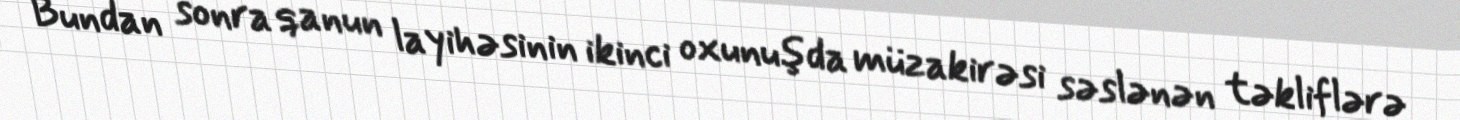
Bundan sonra qanun layihəsinin ikinci oxunuşda müzakirəsi səslənən təkliflərə